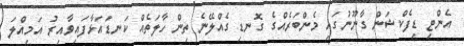
އެންޓި ޑިފެކްޝަން ގާނޫނުގައި މެންބަރެއްގެ ގޮނޑި ގެއްލޭނެ ތިން ހާލަތެއް ކަނޑައަޅާފައިވާއިރު އަމިއްލަ